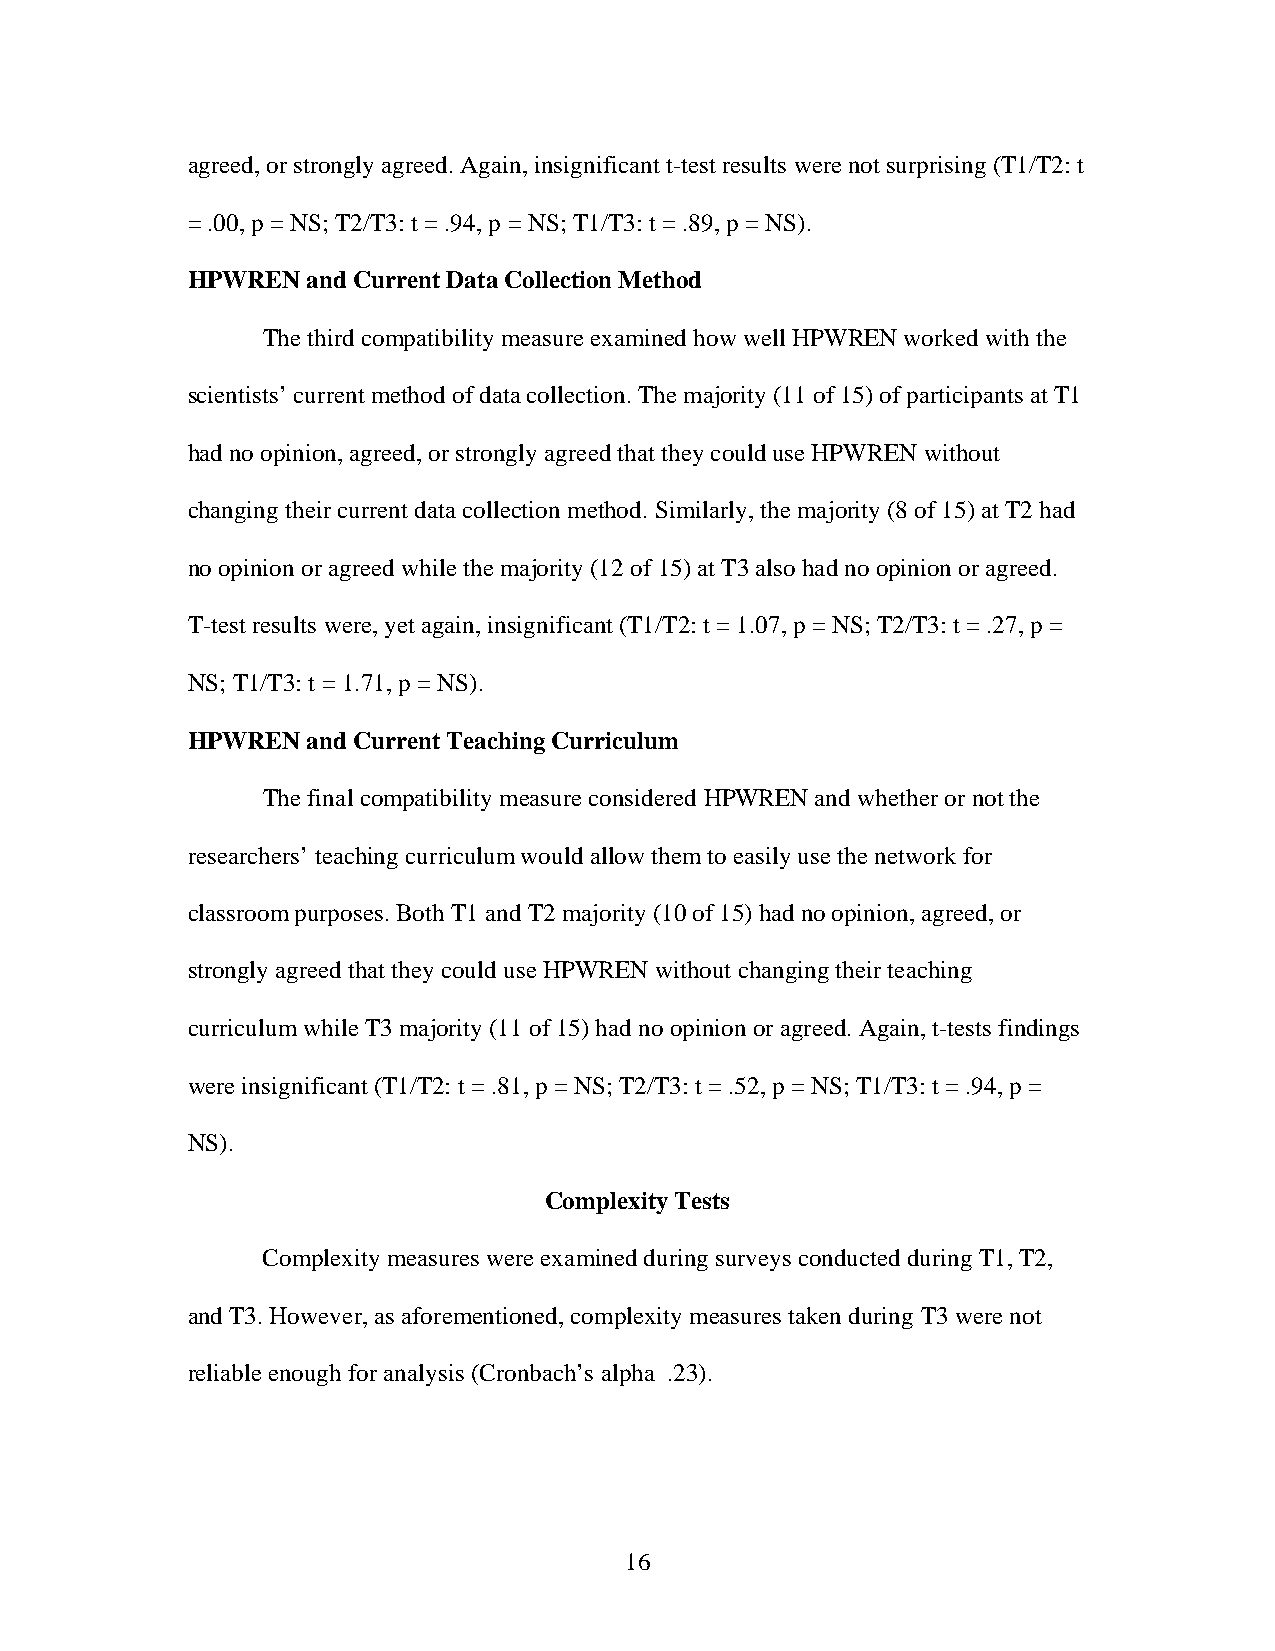
agreed, or strongly agreed. Again, insignificant t-test results were not surprising (T1/T2: t
 = .00, p = NS; T2/T3: t = .94, p = NS; T1/T3: t = .89, p = NS).
 HPWREN  and Current Data Collection Method
 The third compatibility measure examined how well HPWREN worked with the
 scientists’ current method of data collection. The majority (11 of 15) of participants at T1
 had no opinion, agreed, or strongly agreed that they could use HPWREN without
 changing their current data collection method. Similarly, the majority (8 of 15) at T2 had
 no opinion or agreed while the majority (12 of 15) at T3 also had no opinion or agreed.
 T-test results were, yet again, insignificant (T1/T2: t = 1.07, p = NS; T2/T3: t = .27, p =
 NS; T1/T3: t = 1.71, p = NS).
 HPWREN  and Current Teaching Curriculum
 The final compatibility measure considered HPWREN and whether or not the
 researchers’ teaching curriculum would allow them to easily use the network for
 classroom purposes. Both T1 and T2 majority (10 of 15) had no opinion, agreed, or
 strongly agreed that they could use HPWREN without changing their teaching
 curriculum while T3 majority (11 of 15) had no opinion or agreed. Again, t-tests findings
 were insignificant (T1/T2: t = .81, p = NS; T2/T3: t = .52, p = NS; T1/T3: t = .94, p =
 NS).
 Complexity Tests
 Complexity measures were examined during surveys conducted during T1, T2,
 and T3. However, as aforementioned, complexity measures taken during T3 were not
 reliable enough for analysis (Cronbach’s alpha .23).
 16